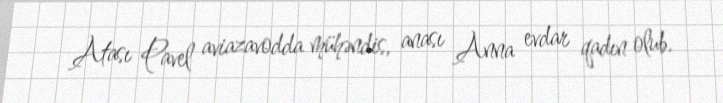
Atası Pavel aviazavodda mühəndis, anası Anna evdar qadın olub.